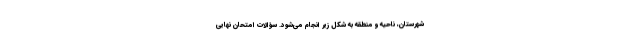
شهرستان، ناحیه و منطقه به شکل زیر انجام می‌شود. سؤالات امتحان نهایی